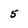
Character: 5